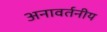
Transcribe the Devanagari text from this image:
अनावर्तनीय